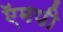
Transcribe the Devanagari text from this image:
ऍमपी